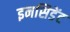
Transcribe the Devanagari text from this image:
इनसिडेंट